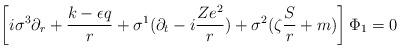
LaTeX: \begin{align*}\left[ i\sigma ^3\partial _r+\frac{k-\epsilon q}r+\sigma^1(\partial _t-i\frac{Ze^2}r)+\sigma ^2(\zeta \frac Sr+m)\right] \Phi_1=0\end{align*}